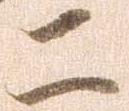
二